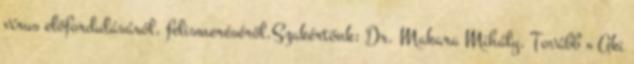
vírus előfordulásáról, felismeréséről.Szakértőnk: Dr. Makara Mihály. Tovább » Aki